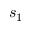
s _ { 1 }